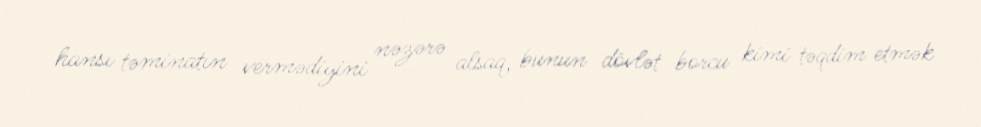
hansı təminatın vermədiyini nəzərə alsaq, bunun dövlət borcu kimi təqdim etmək